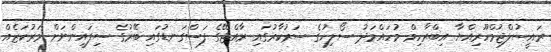
ރައީސުލްޖުމްހޫރިއްޔާ އިބްރާހިމް މުހައްމަދު ސޯލިހުގެ ސަރުކާރުގައި ރާއްޖޭގެ ފަސްގަނޑުގައި ބޭރުގެ ސިފައިންނަށް މަރުކަޒެއް